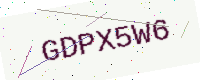
Text: GDPX5W6